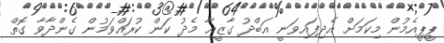
ޕީޕީއެމުން މިކަމަށް އެދިފައިވަނީ އަބްދު ގާޒީއާ މެދު ކަން ކުރައްވަމުން ގެންދާވާ ގޮތް